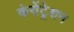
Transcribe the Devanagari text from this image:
कंसेंट्रेशन